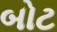
બોટ